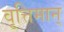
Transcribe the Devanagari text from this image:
वृत्तिमान्‌